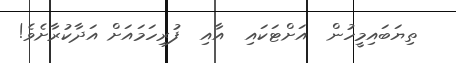
ތިޔަބައިމީހުން  އަށްޓަކައި  އާއި  ފުރިހަމައަށް އަދާކުރާށެވެ!